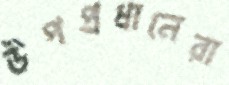
উপপ্রধানেরা